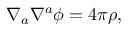
\begin{array} { r } { \nabla _ { a } \nabla { } ^ { a } \phi = 4 \pi \rho , } \end{array}